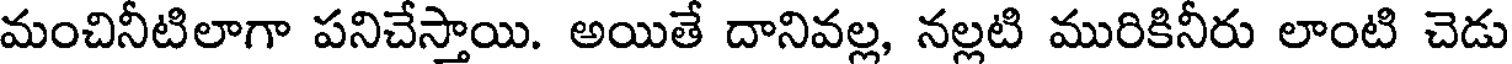
మంచినీటిలాగా పనిచేస్తాయి. అయితే దానివల్ల, నల్లటి మురికినీరు లాంటి చెడు